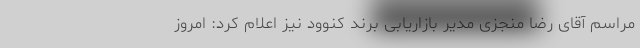
مراسم آقای رضا منجزی مدیر بازاریابی برند کنوود نیز اعلام کرد: امروز